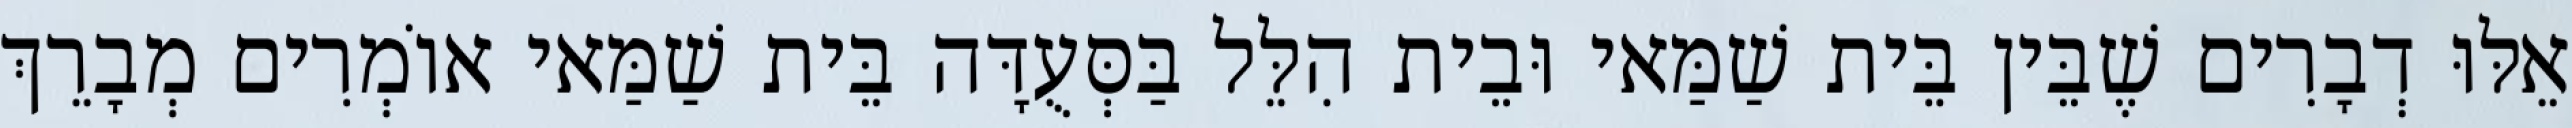
אֵלּוּ דְבָרִים שֶׁבֵּין בֵּית שַׁמַּאי וּבֵית הִלֵּל בַּסְּעֻדָּה בֵּית שַׁמַּאי אוֹמְרִים מְבָרֵךְ